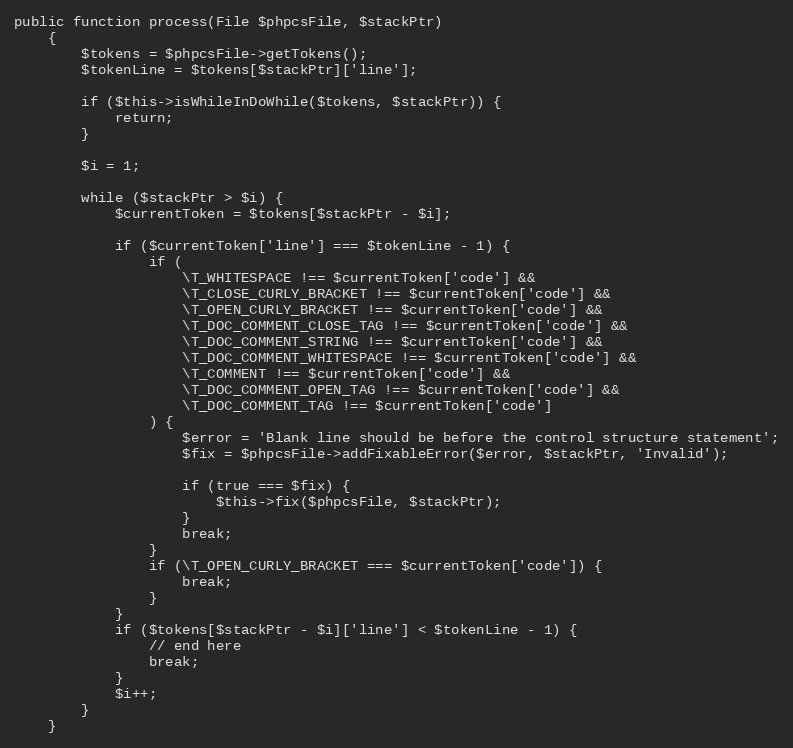
Language: PHP
public function process(File $phpcsFile, $stackPtr)
    {
        $tokens = $phpcsFile->getTokens();
        $tokenLine = $tokens[$stackPtr]['line'];

        if ($this->isWhileInDoWhile($tokens, $stackPtr)) {
            return;
        }

        $i = 1;

        while ($stackPtr > $i) {
            $currentToken = $tokens[$stackPtr - $i];

            if ($currentToken['line'] === $tokenLine - 1) {
                if (
                    \T_WHITESPACE !== $currentToken['code'] &&
                    \T_CLOSE_CURLY_BRACKET !== $currentToken['code'] &&
                    \T_OPEN_CURLY_BRACKET !== $currentToken['code'] &&
                    \T_DOC_COMMENT_CLOSE_TAG !== $currentToken['code'] &&
                    \T_DOC_COMMENT_STRING !== $currentToken['code'] &&
                    \T_DOC_COMMENT_WHITESPACE !== $currentToken['code'] &&
                    \T_COMMENT !== $currentToken['code'] &&
                    \T_DOC_COMMENT_OPEN_TAG !== $currentToken['code'] &&
                    \T_DOC_COMMENT_TAG !== $currentToken['code']
                ) {
                    $error = 'Blank line should be before the control structure statement';
                    $fix = $phpcsFile->addFixableError($error, $stackPtr, 'Invalid');

                    if (true === $fix) {
                        $this->fix($phpcsFile, $stackPtr);
                    }
                    break;
                }
                if (\T_OPEN_CURLY_BRACKET === $currentToken['code']) {
                    break;
                }
            }
            if ($tokens[$stackPtr - $i]['line'] < $tokenLine - 1) {
                // end here
                break;
            }
            $i++;
        }
    }